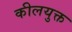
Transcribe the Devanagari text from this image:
कीलयुक्त